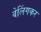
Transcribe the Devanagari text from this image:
वेलिंगकर